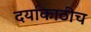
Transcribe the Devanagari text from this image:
दर्याकाठीच